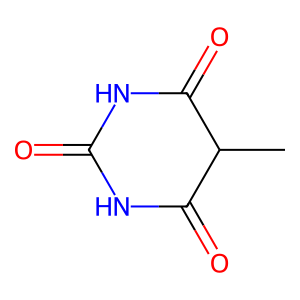
SMILES: CC1C(=O)NC(=O)NC1=O
Inhibits HIV replication: No